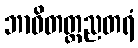
ဘာဝိတတ္တညတရံ